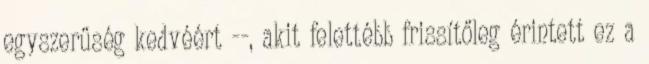
egyszerűség kedvéért --, akit felettébb frissítőleg érintett ez a